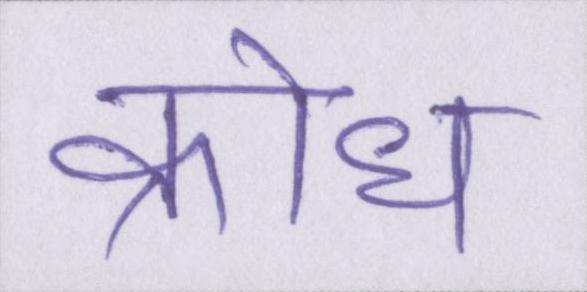
क्रोध